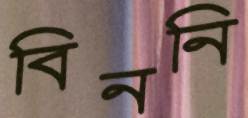
বিননি